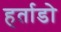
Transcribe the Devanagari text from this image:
हर्ताडो